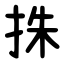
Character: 㧣